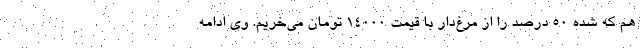
هم که شده ۵۰ درصد را از مرغ‌دار با قیمت ۱۴۰۰۰ تومان می‌خریم. وی ادامه